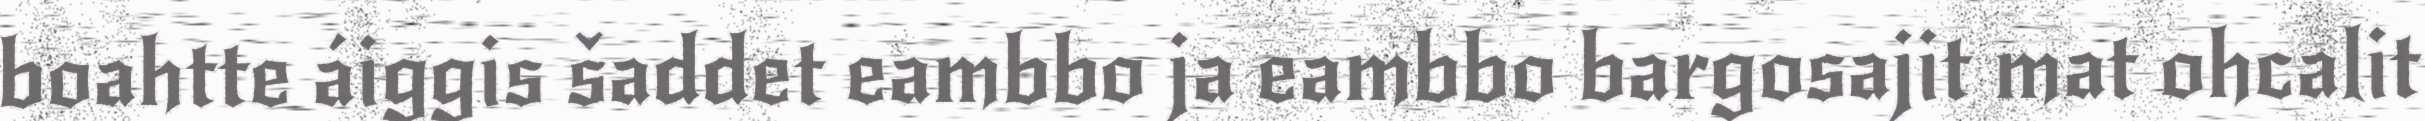
boahtte áiggis šaddet eambbo ja eambbo bargosajit mat ohcalit